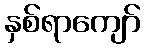
နှစ်ရာကျော်